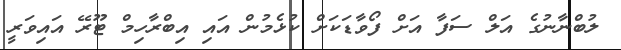
ލުބްނާނުގެ އަލް ސަފާ އަށް ފޯވާޑަކަށް ކުޅެމުން އައި އިބްރާހިމް ޓޫރޭ އައިވަރީ